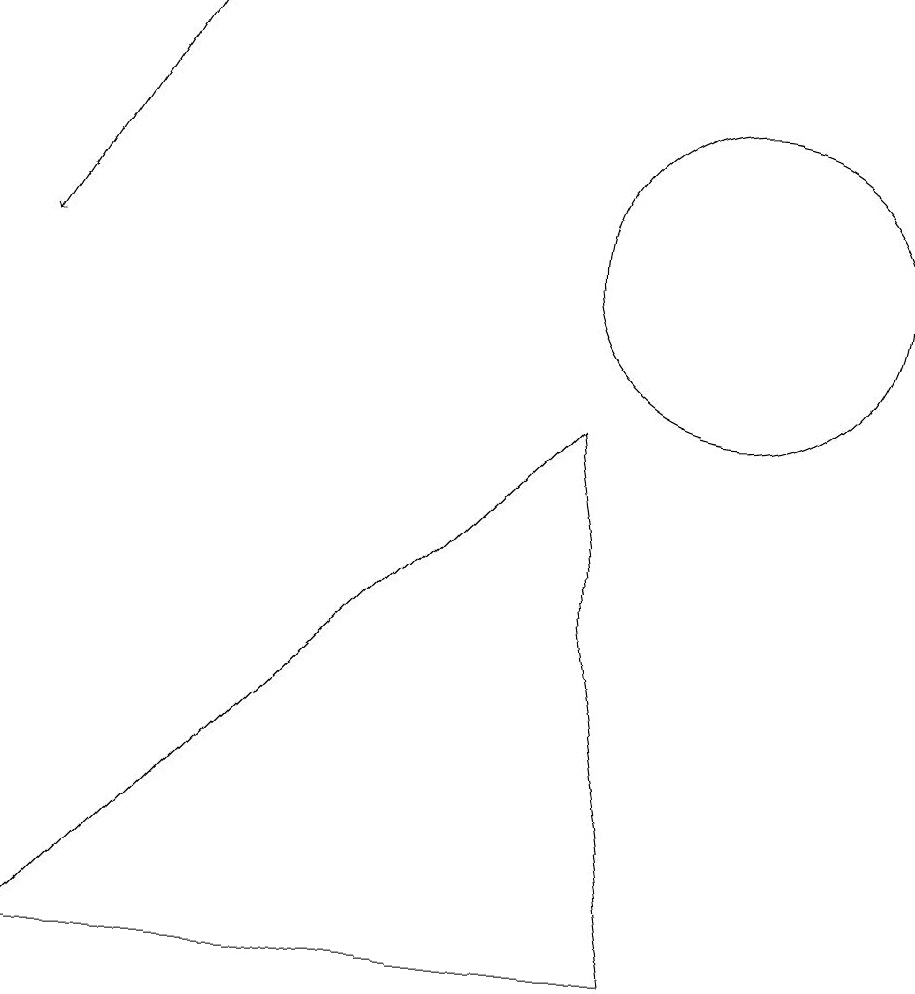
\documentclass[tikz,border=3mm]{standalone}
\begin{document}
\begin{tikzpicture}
\draw (10,11) circle (2);
\draw[->] (3,14) -- (1,11);
\draw (1,2) -- (8,9) -- (9,2) -- cycle;
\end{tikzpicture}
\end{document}